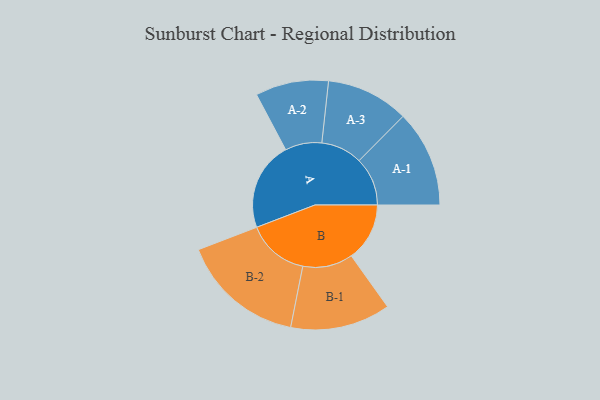
{"axis": {"x": "Segment", "y": "Value"}, "legend": ["", "A", "B"], "data": [{"x": "A", "y": 323, "type": ""}, {"x": "B", "y": 212, "type": ""}, {"x": "A-1", "y": 176, "type": "A"}, {"x": "A-2", "y": 133, "type": "A"}, {"x": "A-3", "y": 150, "type": "A"}, {"x": "B-1", "y": 182, "type": "B"}, {"x": "B-2", "y": 225, "type": "B"}]}